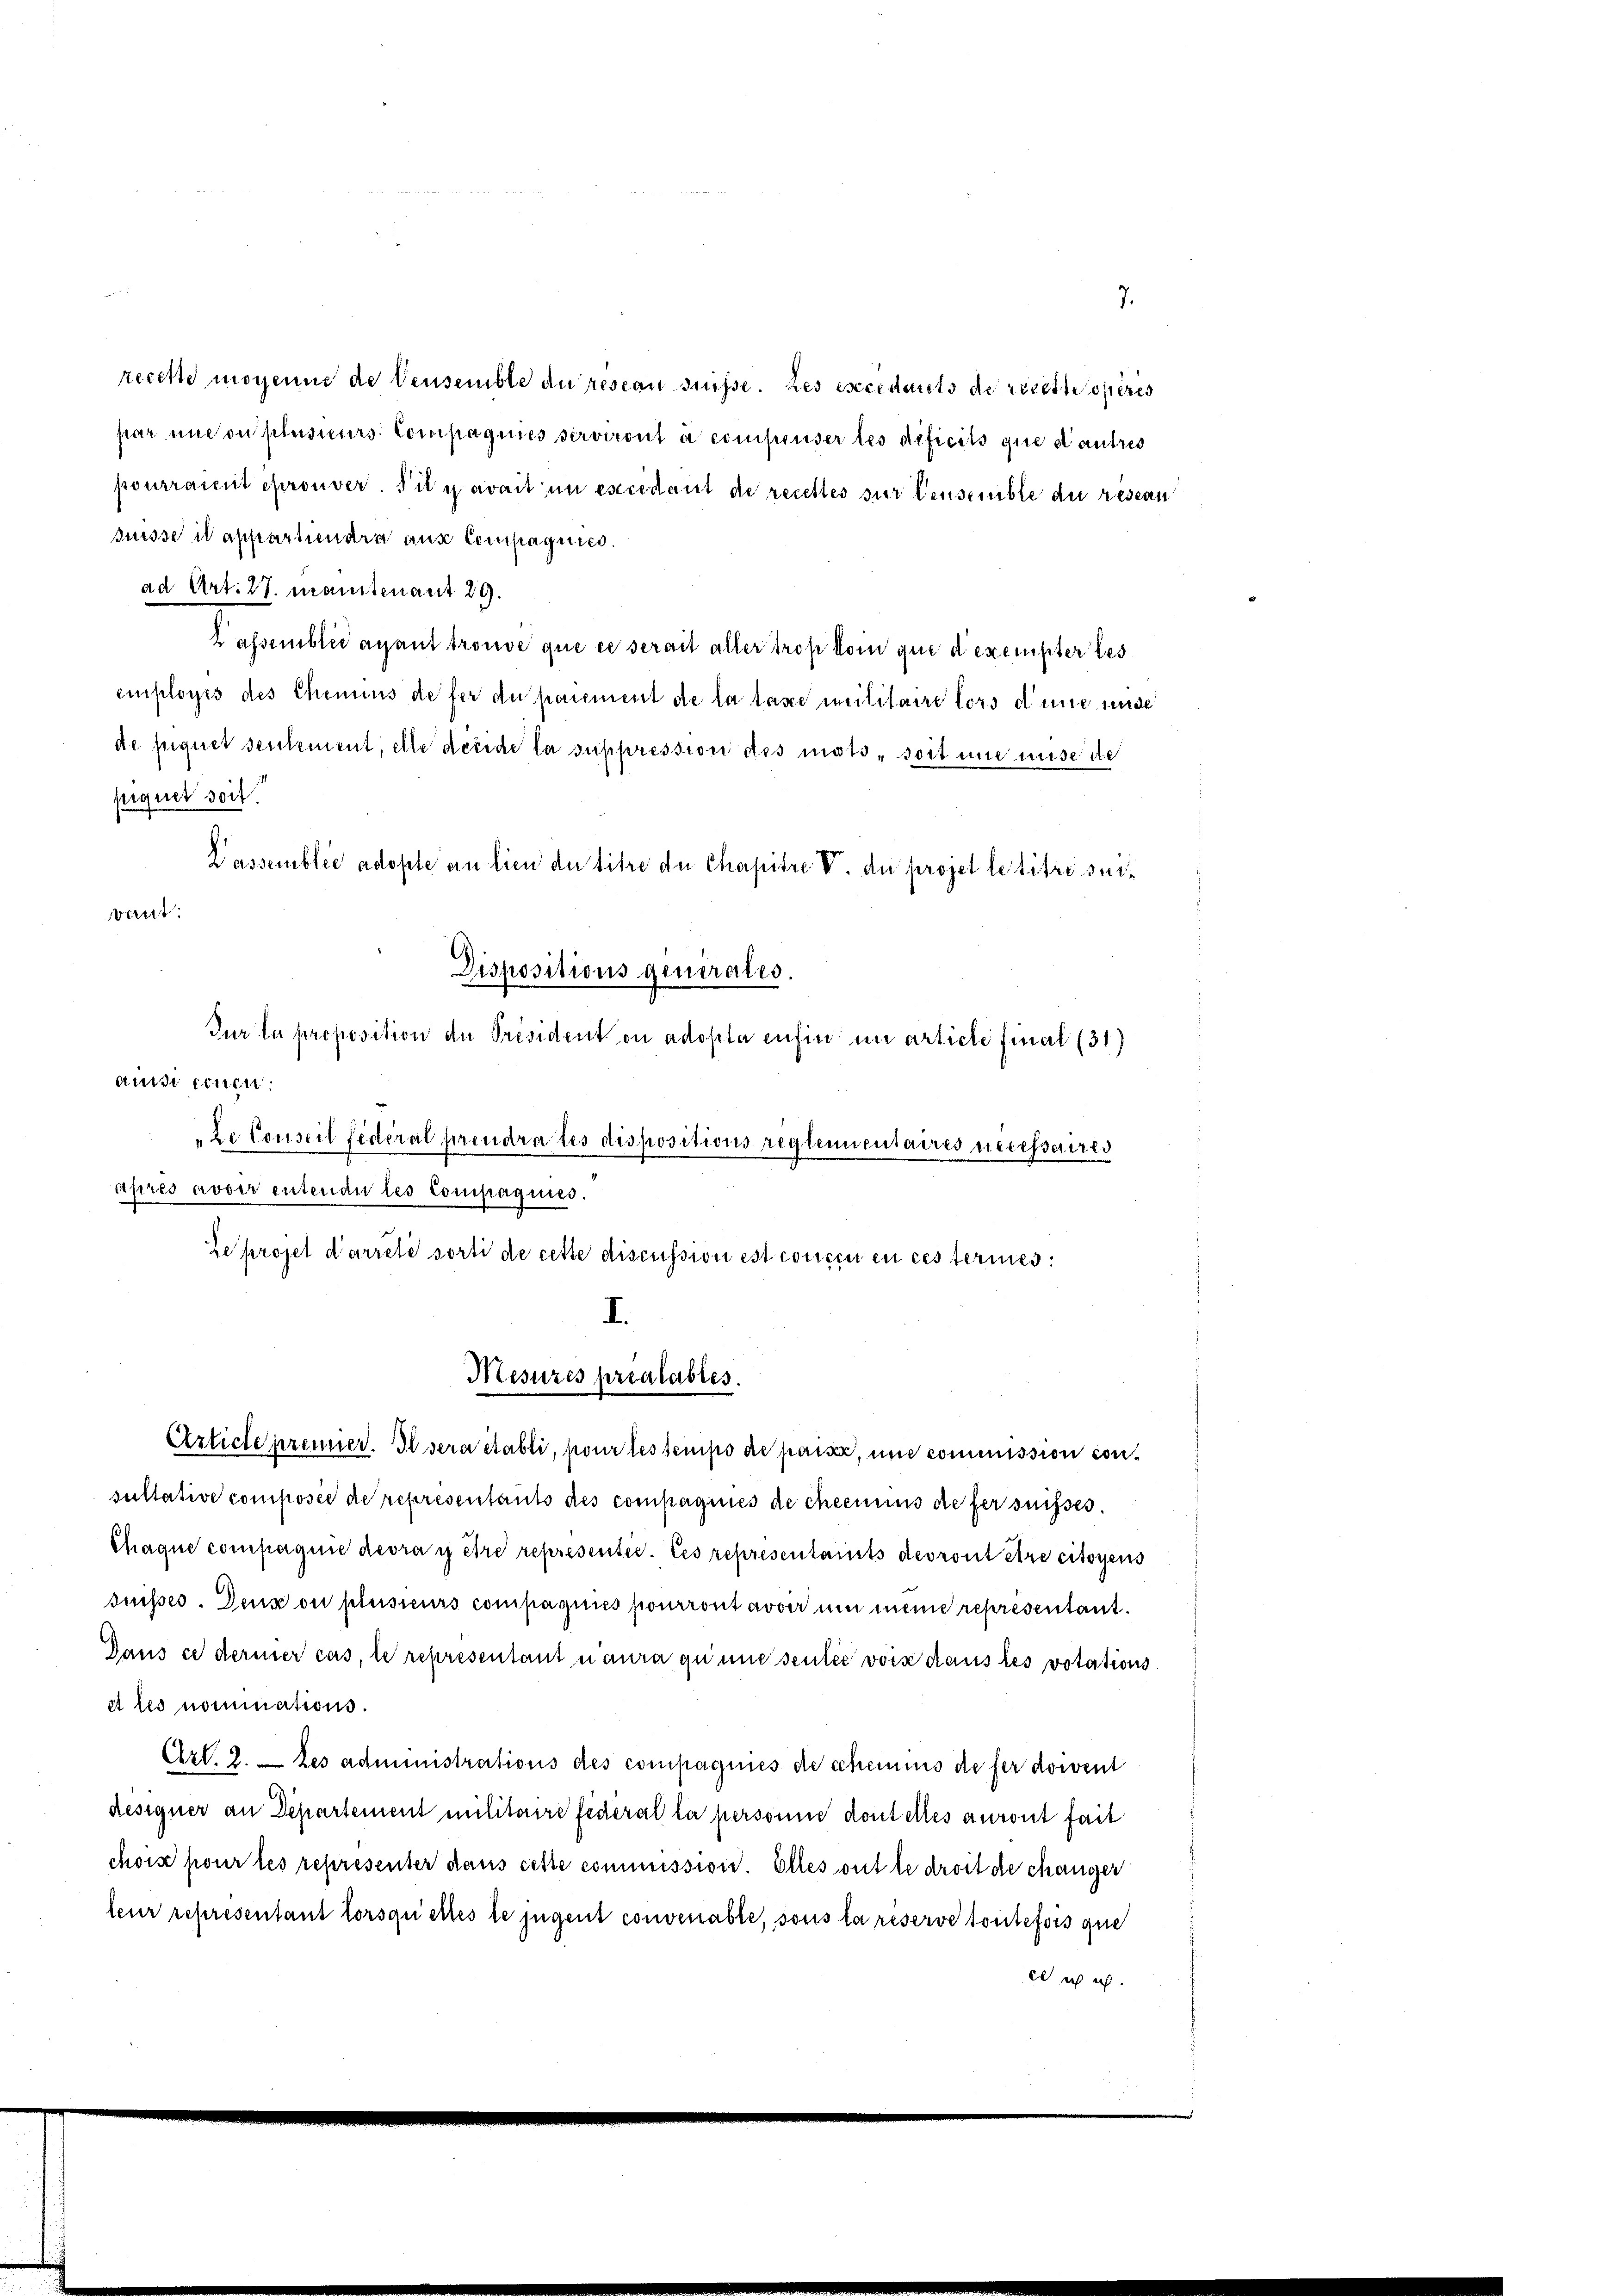
recette moyenne de densemble du reseau suisse. Des esecidants de rieth operes
par und ou plusieurs Compagnies serviront à compenser tes deficits que d’autres
pourraient éprouver. Sil y avait in excédant de recettes sur densemble du resean
Suisse il appartiendra aus Compagnies
ad Art. 27. Mantenant 29.
assemblée avant trouve que ce serait aller trop kom que d’exempter les
employés des Chemius de fer du paument de la taxe militaire lors d’une unde
de sequet sentement, elle décide la suppression des mots, soit une mise de
siquet soit.
Lassemblée adopte an lien der titre de Chapitre V. du projet le titre suiant:
Dispositions generales.
Jur la proposition du Président ou adopta enfin in article final (31)
aussi einen.
"Le Conseil federal prendrates dispositions reglementaires necessaires
après avoir entende les Compaquies.
Zeprojet d’arreté sorti de cette discussion est concen en ces termes
I.

sultative composée de représentants des compagnies de cheenus de fer suisses.
Chaque compagnie devra y être représentie. Ces representants devront être citoyens
suisses. Denn ou plusieurs compagnies pourront avoir um meine representant.
Dans ce dermer cas, le representant n’aura qu’une seule vors dans les votations¬
A les nominations.
Art. 2. — Les administrations des compagnies de scheines de fer doivent
designer an Departement militaire federat la personne dont elles auront fait
chois pour les representer dans cette commission. Elles ont le droit de changer
leur representant lorsquettes le jugent convenable, sous la reserve toutefois que
il ich is

Mesures préalables.
Article prenner. Il sera etabli, pour les tempo de paix, und commission con¬

7.